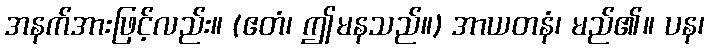
အနက်အားဖြင့်လည်း။ (ဧတံ၊ ဤမနသည်။) အာယတနံ၊ မည်၏။ ပန၊